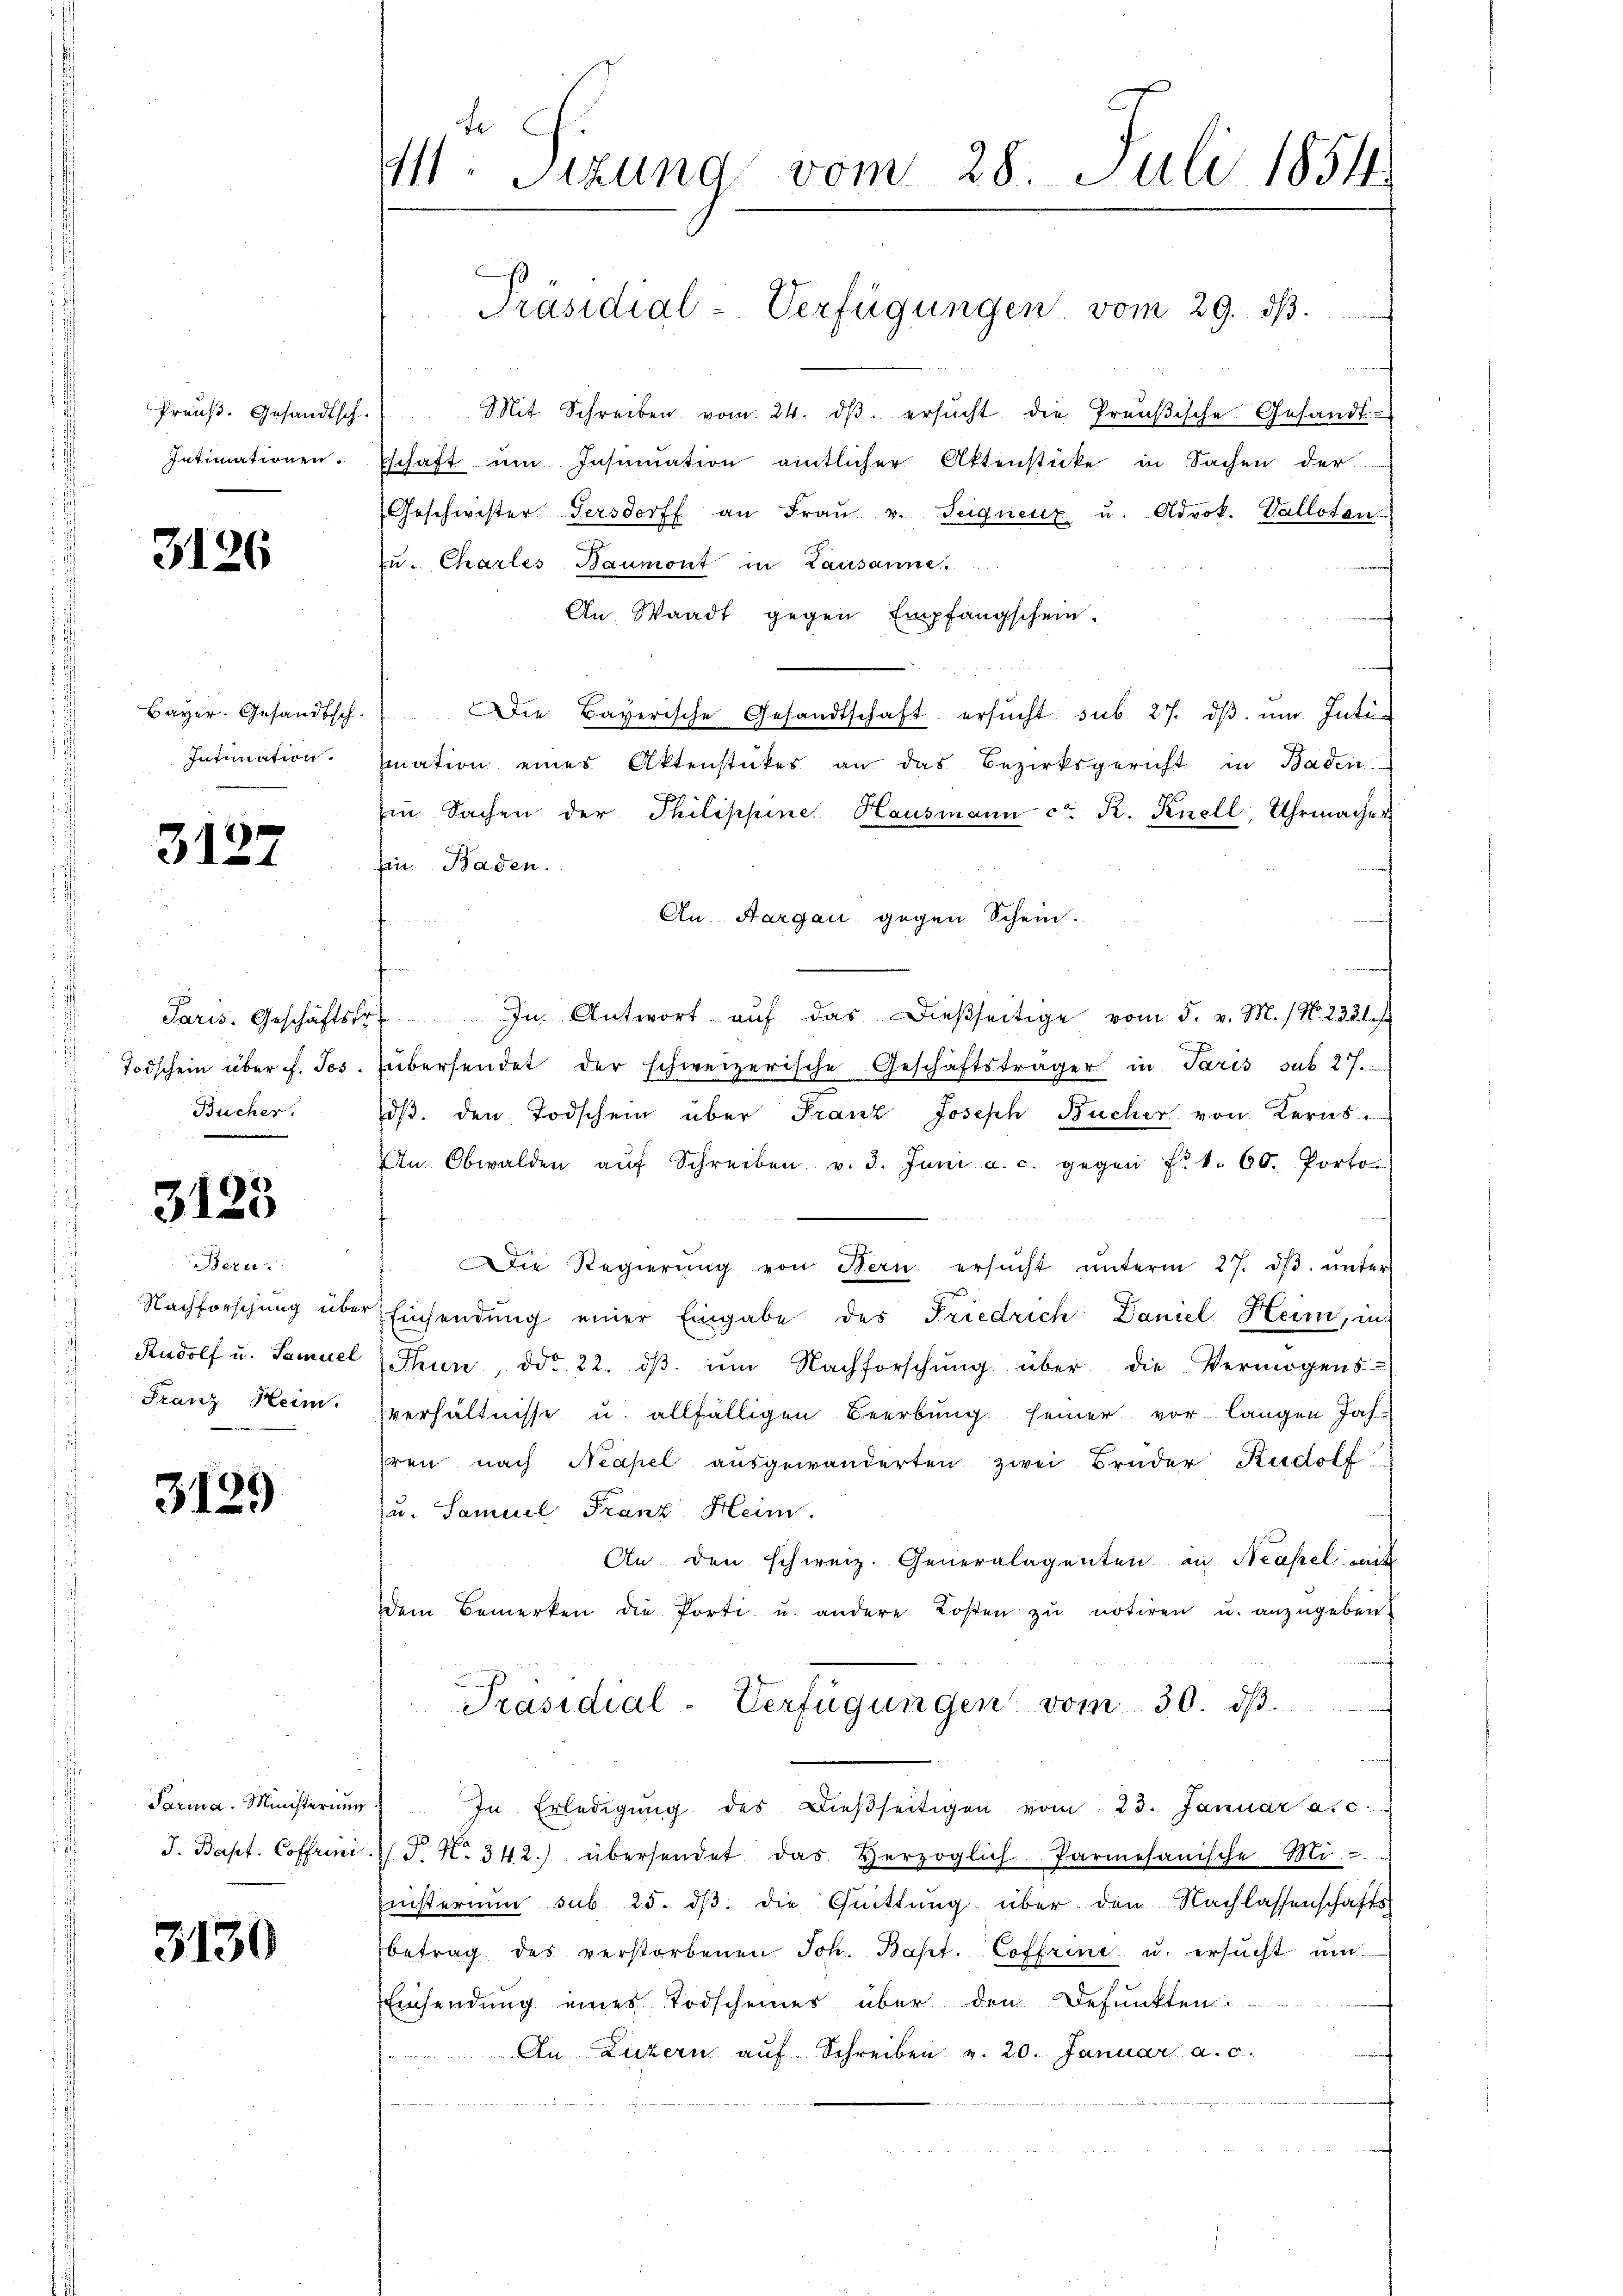
Preuß. Gesandtsch
Intimationen.

3126

Bayer. Gesandtsch
Intimation.

3127

Paris. Geschäftst
Todschein über f. Jos.
Bucher.

3125

Bezu
Nachforschung in
Rudolf u. Samue
Franz Heim.

3129

Parma. Ministerium
J. Bapt. Coffren

3130

fe
111. Sizung vom 28. Juli 1854.

Mit Schreiben vom 24. dβ ersucht die Preußische Gesandt-
schaft ŭm Insumation eintlicher Aktenstücke in Sachen der
Geschwister Tersdorff an Fraŭ v. Teignenz u. Adrok. Valloten
zu. Charles Baumont in Lausanne.
An Waadt gegen Empfangschein.
Die Bayerische Gesandtschaft ersŭcht sub. 27. dβ ŭm Inte
mation eines Aktenstückes an das Bezirksgericht in Baden.
Ein Sachen der Philippine Hausmann ca R. Knell, Uhrmachen
Ein Baden.
An. Aargau gegen Schein.
In Antwort auf das dießseitige vom 5. v. M. (N. 232 f
übersendet der schweizerische Geschäftsträger in Paris sub. 27.
dβ. den Todschein über Franz Joseph Bücher von Keras
Un Obwalden aŭf Schreiben v. 3. Juni a. c. gegen Frk. 60. Porto
Die Regierŭng von Bern ersŭcht ŭnterm 27. dβ ŭnter
Einsendung einer Eingabe des Friedrich Daniel Heim, in
Thun ddo 22. dβ im Nachforschŭng über die Vermögens-
verhältnisse u. allfälligen Beerbung seiner vor langen Jahhren nach Neapel ausgewänderten zwei Brüder Rudolf
u. Samuel Franz Heim.
An den schweiz. Generalagenten in Neapel mit
dem Bemerken die Porti u. andere Losten zŭ notiren u. anzugeben.
Präsidial-Verfügungen vom 30. dβ.
In Erledigŭng des Dieβseitigen vom 23. Januar a. c.
7 J. N. 342.) übersendet das Herzoglich-Parmesanische Mi......
isterium sub 25. dβ die Quittung über den Nachlassenschafts
betrag des verstorbenen Joh. Bapt. Coffrine u. ersucht um
Einsendung eines Todscheiner über den Defunkten.
An Luzern aŭf Schreiben v. 20. Januar a. c.
n

Präsidial-Verfügungen vom 29. dβ.